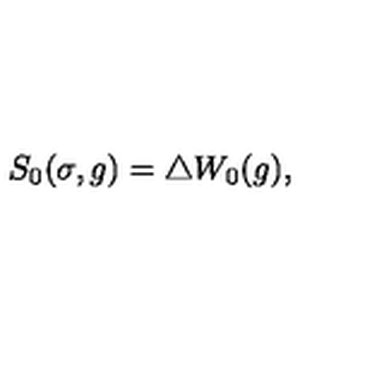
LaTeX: S _ { 0 } ( \sigma , g ) = \triangle W _ { 0 } ( g ) ,